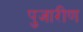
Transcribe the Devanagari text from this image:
पुजारीण